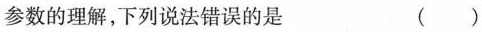
参数的理解，下列说法错误的是 （ ）